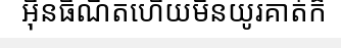
អ៊ីនធឺណិតហើយមិនយូរគាត់ក៏